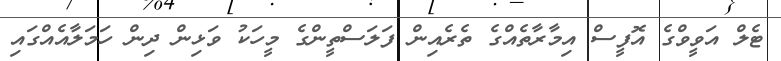
ޓެލް އަވީވްގެ އޮފީސް އިމާރާތެއްގެ ތެރެއިން ފަލަސްތީންގެ މީހަކު ވަޅިން ދިން ހަމަލާއެއްގައި